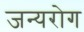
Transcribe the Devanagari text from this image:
जन्‍यरोग